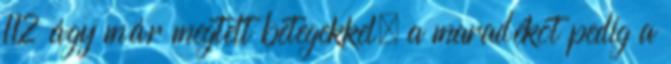
112 ágy már megtelt betegekkel, a maradékot pedig a